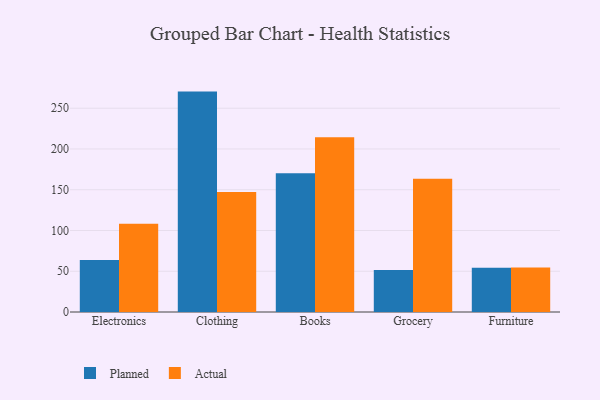
{"axis": {"x": "Category", "y": "Market Share (%)"}, "legend": ["Actual", "Planned"], "data": [{"x": "Electronics", "y": 63.7, "type": "Planned"}, {"x": "Electronics", "y": 108.4, "type": "Actual"}, {"x": "Clothing", "y": 270.4, "type": "Planned"}, {"x": "Clothing", "y": 147.1, "type": "Actual"}, {"x": "Books", "y": 170.2, "type": "Planned"}, {"x": "Books", "y": 214.4, "type": "Actual"}, {"x": "Grocery", "y": 51.6, "type": "Planned"}, {"x": "Grocery", "y": 163.6, "type": "Actual"}, {"x": "Furniture", "y": 54.4, "type": "Planned"}, {"x": "Furniture", "y": 54.6, "type": "Actual"}]}